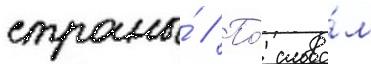
страны́ // По́ слова́м